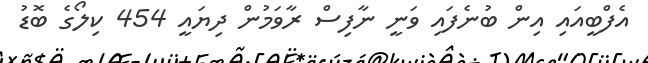
އެފްބީއައި އިން ބުނެފައި ވަނީ ނާފިސް ރާވަމުން ދިޔައީ 454 ކިލޯގެ ބޮޑު